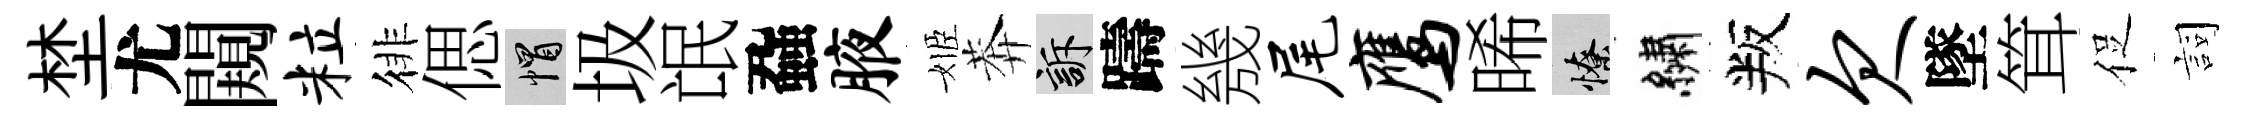
埜尤闚粒徘偲帽圾氓蝨腋姬莾訴躊㡬尾鹰晞憭繡叛欠墜䇯促詞